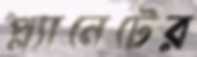
প্ল্যানেটের